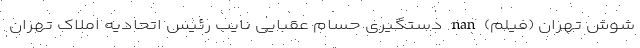
شوش تهران (فیلم) nan دستگیری حسام عقبایی نایب رئیس اتحادیه املاک تهران